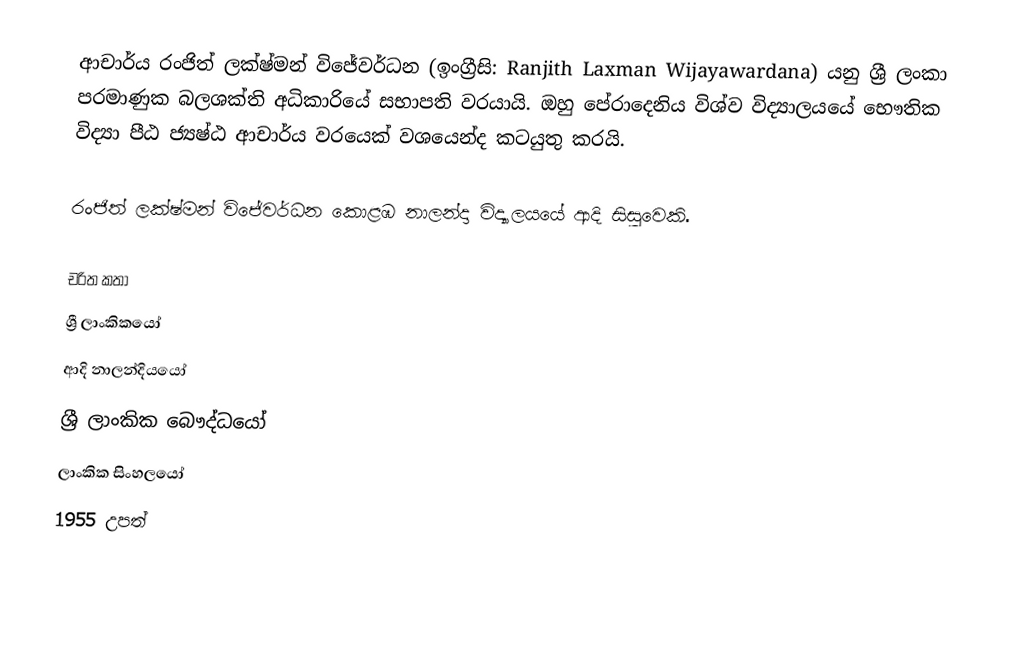
ආචාර්ය රංජිත් ලක්ෂ්මන් විජේවර්ධන  (ඉංග්‍රීසි: Ranjith Laxman Wijayawardana) යනු ශ්‍රී ලංකා පරමාණුක බලශක්ති අධිකාරියේ සභාපති වරයායි. ඔහු පේරාදෙනිය විශ්ව විද්‍යාලයයේ භෞතික විද්‍යා පීඨ ජ්‍යෂ්ඨ ආචාර්ය වරයෙක් වශයෙන්ද කටයුතු කරයි.

රංජිත් ලක්ෂ්මන් විජේවර්ධන  කොළඹ නාලන්දා විද්‍යාලයයේ ආදි සිසුවෙකි.

චරිත කතා
ශ්‍රී ලාංකිකයෝ
ආදි නාලන්දියයෝ
ශ්‍රී ලාංකික බෞද්ධයෝ
ලාංකික සිංහලයෝ
1955 උපත්